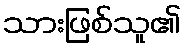
သားဖြစ်သူ၏